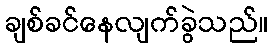
ချစ်ခင်နေလျက်ခွဲသည်။